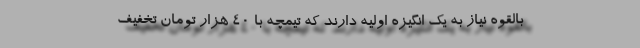
بالقوه نیاز به یک انگیزه اولیه دارند که تیمچه با ۴۰ هزار تومان تخفیف